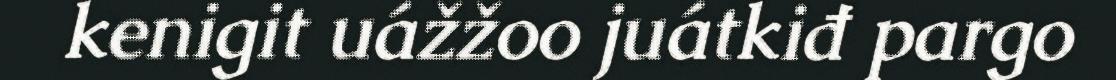
kenigit uážžoo juátkiđ pargo